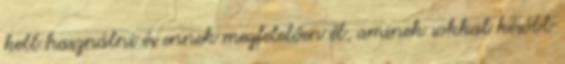
kell használni és ennek megfelelően él, aminek sokkal később